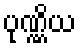
ပုဏ္ဏိယ